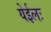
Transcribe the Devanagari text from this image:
येईलः